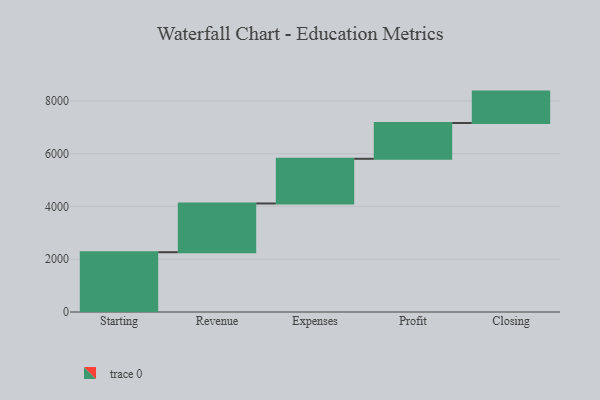
{"axis": {"x": "Step", "y": "Value"}, "legend": [""], "data": [{"x": "Starting", "y": 2266.0, "type": ""}, {"x": "Revenue", "y": 1848.0, "type": ""}, {"x": "Expenses", "y": 1694.0, "type": ""}, {"x": "Profit", "y": 1356.0, "type": ""}, {"x": "Closing", "y": 1191.0, "type": ""}]}